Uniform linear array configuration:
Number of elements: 64
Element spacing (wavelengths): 0.5
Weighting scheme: exponential
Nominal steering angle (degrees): -30
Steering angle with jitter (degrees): -29.58
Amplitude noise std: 0.05
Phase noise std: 0.05

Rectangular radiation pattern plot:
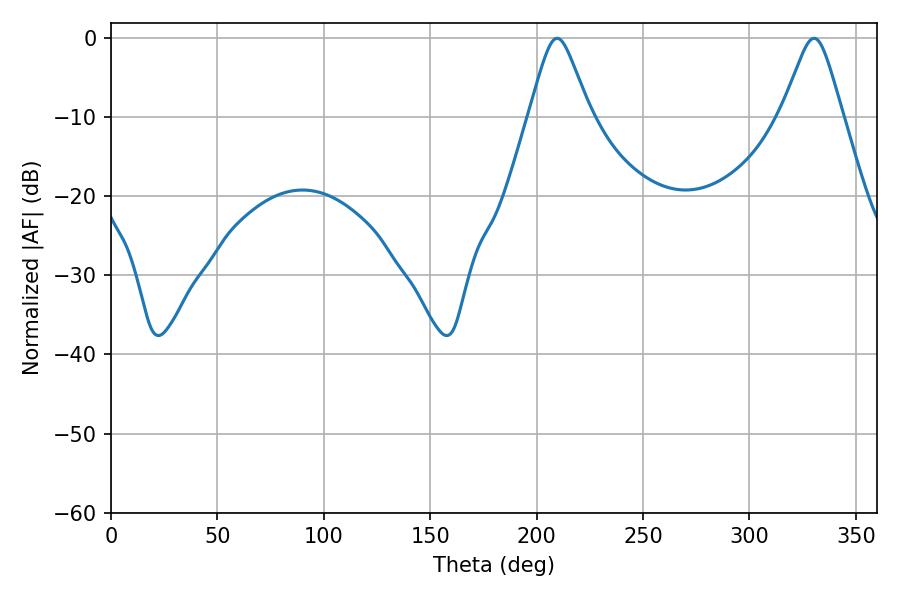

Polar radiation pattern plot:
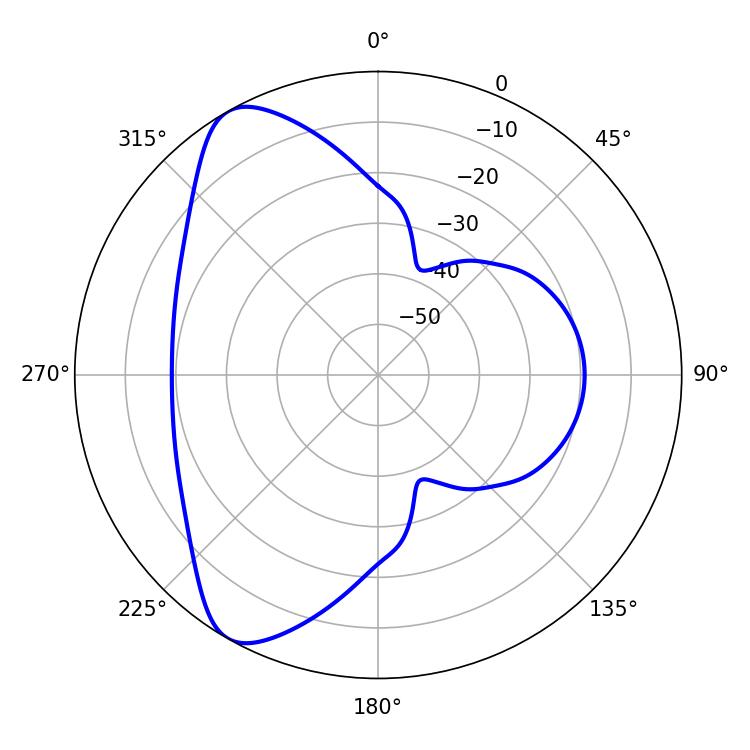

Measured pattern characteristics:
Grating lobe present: FALSE
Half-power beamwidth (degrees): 13.5
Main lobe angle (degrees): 209.7